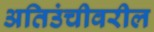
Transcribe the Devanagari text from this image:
अतिउंचीवरील